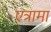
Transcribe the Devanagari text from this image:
एत्रामा